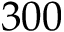
3 0 0